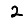
Digit: 2